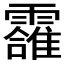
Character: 𲊌